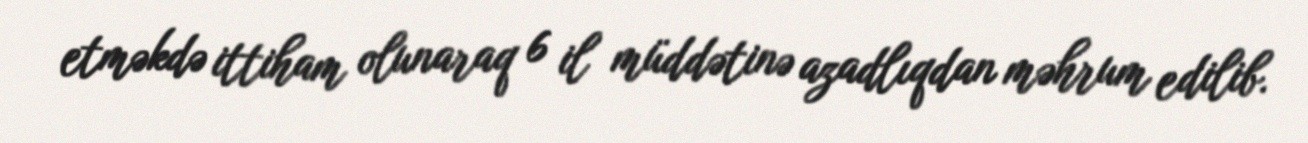
etməkdə ittiham olunaraq 6 il müddətinə azadlıqdan məhrum edilib.